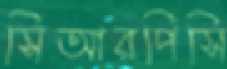
সিআরপিসি